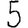
Digit: 5